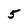
Character: 5